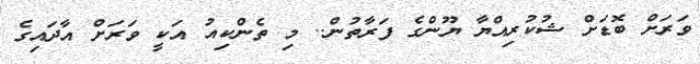
ވަރަށް ބޮޑަށް ޝުކުރިއްޔާ ޔޫންގެ ފަރާތުން.. މި ތެންކިއު އަކީ ވަރަށް އާދައިގެ